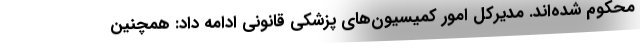
محکوم شده‌اند. مدیرکل امور کمیسیون‌های پزشکی قانونی ادامه داد: همچنین